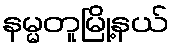
နမ္မတူမြို့နယ်